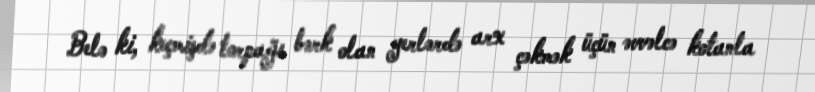
Belə ki, keçmişdə torpağı bərk olan yerlərdə arx çəkmək üçün əvvəlcə kotanla